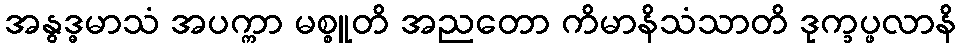
အနွဒ္ဓမာသံ အပက္ကာ မစ္စူတိ အညတော ကိမာနိသံသာတိ ဒုက္ခပ္ဖလာနိ